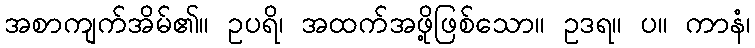
အစာကျက်အိမ်၏။ ဥပရိ၊ အထက်အဖို့ဖြစ်သော။ ဥဒရ။ ပ။ ကာနံ၊